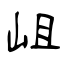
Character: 岨